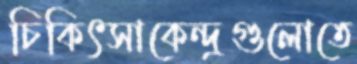
চিকিৎসাকেন্দ্রগুলোতে